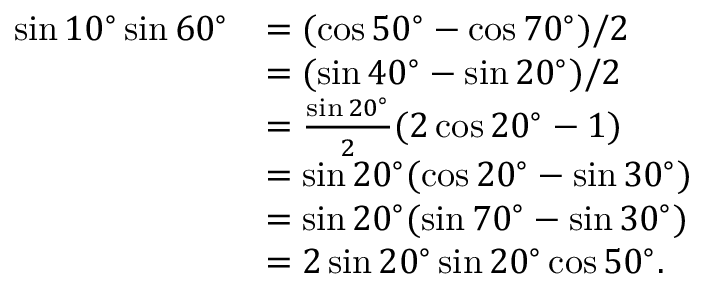
\begin{array} { r l } { \sin 1 0 ^ { \circ } \sin 6 0 ^ { \circ } } & { = ( \cos 5 0 ^ { \circ } - \cos 7 0 ^ { \circ } ) / 2 } \\ & { = ( \sin 4 0 ^ { \circ } - \sin 2 0 ^ { \circ } ) / 2 } \\ & { = \frac { \sin 2 0 ^ { \circ } } { 2 } ( 2 \cos 2 0 ^ { \circ } - 1 ) } \\ & { = \sin 2 0 ^ { \circ } ( \cos 2 0 ^ { \circ } - \sin 3 0 ^ { \circ } ) } \\ & { = \sin 2 0 ^ { \circ } ( \sin 7 0 ^ { \circ } - \sin 3 0 ^ { \circ } ) } \\ & { = 2 \sin 2 0 ^ { \circ } \sin 2 0 ^ { \circ } \cos 5 0 ^ { \circ } . } \end{array}